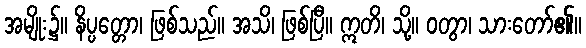
အမျိုး၌။ နိပ္ပတ္တော၊ ဖြစ်သည်။ အသိ၊ ဖြစ်ပြီ။ ဣတိ၊ သို့။ ဝတွာ၊ သားတော်၏။